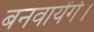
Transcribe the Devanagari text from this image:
बनवायेंगे।